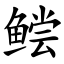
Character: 鲿